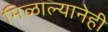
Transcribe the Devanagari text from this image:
मिळाल्यानेही